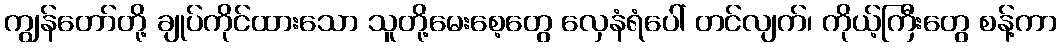
ကျွန်တော်တို့ ချုပ်ကိုင်ထားသော သူတို့မေးစေ့တွေ လှေနံရံပေါ် တင်လျက်၊ ကိုယ့်ကြီးတွေ စန့်ကာ